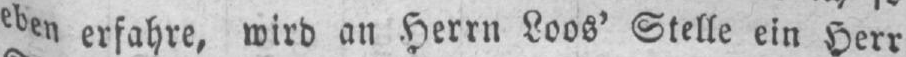
eben erfahre, wirb an Herrn Loos’ Stelle ein Herr